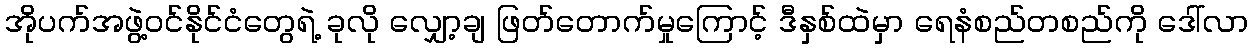
အိုပက်အဖွဲ့ဝင်နိုင်ငံတွေရဲ့ ခုလို လျှော့ချ ဖြတ်တောက်မှုကြောင့် ဒီနှစ်ထဲမှာ ရေနံစည်တစည်ကို ဒေါ်လာ